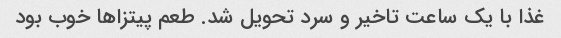
غذا با یک ساعت تاخیر و ‌سرد تحویل شد. طعم پیتزاها خوب بود